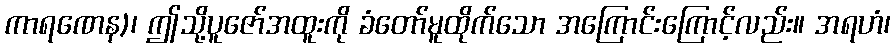
ကာရဏေန)၊ ဤသို့ပူဇော်အထူးကို ခံတော်မူထိုက်သော အကြောင်းကြောင့်လည်း။ အရဟံ၊